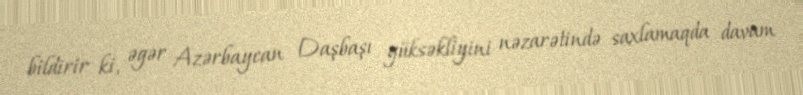
bildirir ki, əgər Azərbaycan Daşbaşı yüksəkliyini nəzarətində saxlamaqda davam